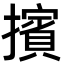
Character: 擯